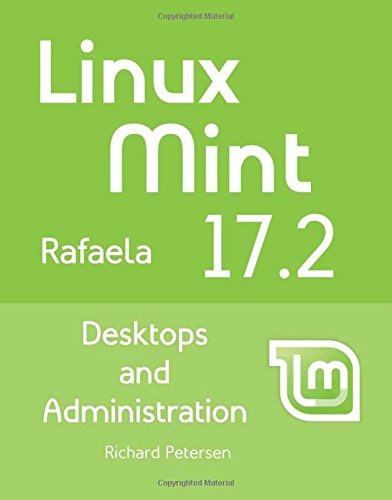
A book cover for Linux Mint 17.2: Desktops and Administration; Richard Petersen; Computers & Technology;